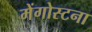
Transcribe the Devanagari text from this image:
मेंगोस्टना